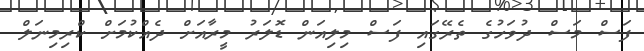
ފަސް މަސް ދުވަހުގެ ތެރޭގައި ފަސް މިލިއަން ޑޮލަަރު މީރާއަށް ދެއްކުމަށް ކްރިމިނަލް